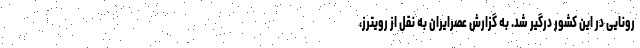
رونایی در این کشور درگیر شد. به گزارش عصرایران به نقل از رویترز،